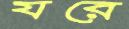
যরে